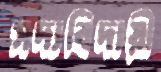
সদ্যবিদায়ী